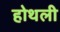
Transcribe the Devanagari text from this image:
होथली